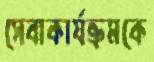
সেবাকার্যক্রমকে